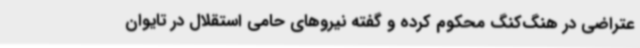
عتراضی در هنگ‌کنگ محکوم کرده و گفته نیروهای حامی استقلال در تایوان